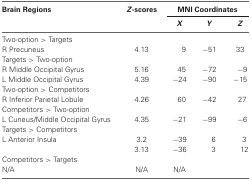
| Brain Regions | Z-scores | <COLSPAN=3> MNI Coordinates |
 |  |  | X | Y | Z |
 | --- | --- | --- | --- | --- |
 | Two-option > Targets |  |  |  |  |
 | R Precuneus | 4.13 | 9 | −51 | 33 |
 | Targets > Two-option |  |  |  |  |
 | R Middle Occipital Gyrus | 5.16 | 45 | −72 | −9 |
 | L Middle Occipital Gyrus | 4.39 | −24 | −90 | −15 |
 | Two-option > Competitors |  |  |  |  |
 | R Inferior Parietal Lobule | 4.26 | 60 | −42 | 27 |
 | Competitors > Two-option |  |  |  |  |
 | L Cuneus/Middle Occipital Gyrus | 4.35 | −21 | −99 | −6 |
 | Targets > Competitors |  |  |  |  |
 | L Anterior Insula | 3.2 | −39 | 6 | 3 |
 |  | 3.13 | −36 | 3 | 12 |
 | Competitors > Targets |  |  |  |  |
 | N/A | N/A | N/A |  |  |